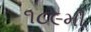
૧૮૯મી